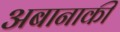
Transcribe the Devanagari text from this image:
अबानाकी